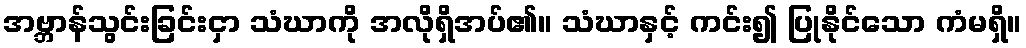
အဗ္ဘာန်သွင်းခြင်းငှာ သံဃာကို အလိုရှိအပ်၏။ သံဃာနှင့် ကင်း၍ ပြုနိုင်သော ကံမရှိ။